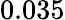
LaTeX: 0.035